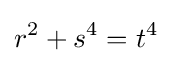
r^{2}+s^{4}=t^{4}